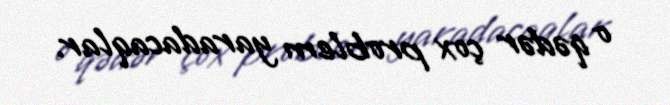
o qədər çox problem yaradacaqlar.